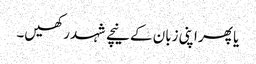
یا پھر اپنی زبان کے نیچے شہد رکھیں۔